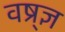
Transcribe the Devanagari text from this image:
वष्र्ज्ञ